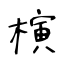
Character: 𣘹